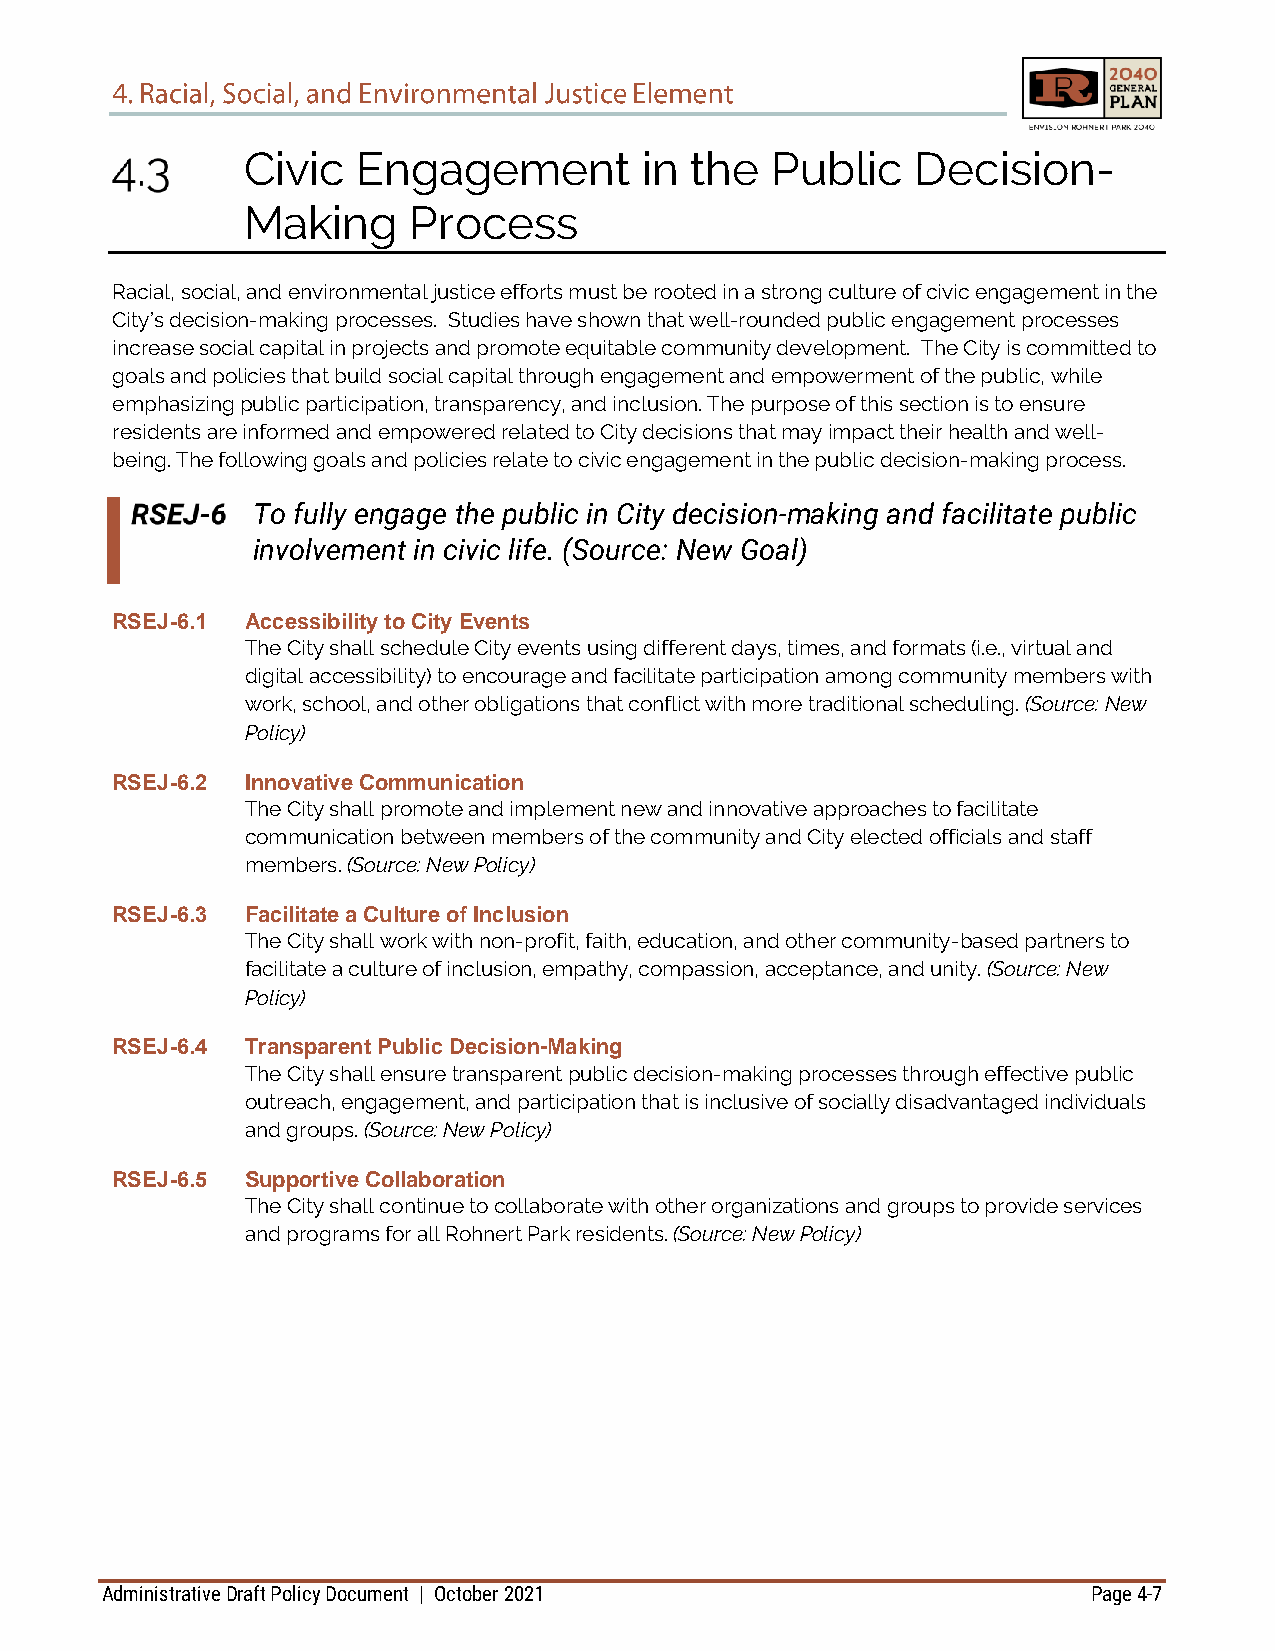
Civic   Engagement         in the  Public    Decision-
 Making     Process
 Racial, social, and environmental justice efforts must be rooted in a strong culture of civic engagement in the
 City’s decision-making processes. Studies have shown that well-rounded public engagement processes
 increase social capital in projects and promote equitable community development. The City is committed to
 goals and policies that build social capital through engagement and empowerment of the public, while
 emphasizing public participation, transparency, and inclusion. The purpose of this section is to ensure
 residents are informed and empowered related to City decisions that may impact their health and well-
 being. The following goals and policies relate to civic engagement in the public decision-making process.
 To fully engage the public in City decision-making and facilitate public
 involvement in civic life. (Source: New Goal)
 RSEJ-6.1 Accessibility to City Events
 The City shall schedule City events using different days, times, and formats (i.e., virtual and
 digital accessibility) to encourage and facilitate participation among community members with
 work, school, and other obligations that conflict with more traditional scheduling. (Source: New
 Policy)
 RSEJ-6.2 Innovative Communication
 The City shall promote and implement new and innovative approaches to facilitate
 communication between members of the community and City elected officials and staff
 members. (Source: New Policy)
 RSEJ-6.3 Facilitate a Culture of Inclusion
 The City shall work with non-profit, faith, education, and other community-based partners to
 facilitate a culture of inclusion, empathy, compassion, acceptance, and unity. (Source: New
 Policy)
 RSEJ-6.4 Transparent Public Decision-Making
 The City shall ensure transparent public decision-making processes through effective public
 outreach, engagement, and participation that is inclusive of socially disadvantaged individuals
 and groups. (Source: New Policy)
 RSEJ-6.5 Supportive Collaboration
 The City shall continue to collaborate with other organizations and groups to provide services
 and programs for all Rohnert Park residents. (Source: New Policy)
 Administrative Draft Policy Document | October 2021              Page 4-7